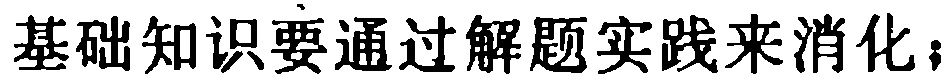
基础知识要通过解题实践来消化；